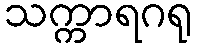
သက္ကာရဂရု